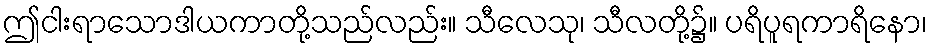
ဤငါးရာသောဒါယကာတို့သည်လည်း။ သီလေသု၊ သီလတို့၌။ ပရိပူရကာရိနော၊